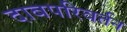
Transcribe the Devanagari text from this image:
दाबपरिवर्तन